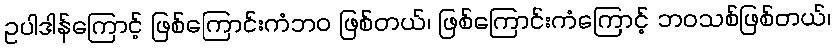
ဥပါဒါန်ကြောင့် ဖြစ်ကြောင်းကံဘဝ ဖြစ်တယ်၊ ဖြစ်ကြောင်းကံကြောင့် ဘဝသစ်ဖြစ်တယ်၊